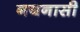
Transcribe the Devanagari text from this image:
नयनासी